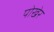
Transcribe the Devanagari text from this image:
पोखेर